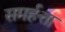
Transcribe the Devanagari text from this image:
समर्हत्ता